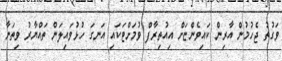
ވަގުތު ޖެހުމުން އާރިން ކައިވެންޏަށް އިއުތިރާފް ވުމަށްޓަކައި އަނގަ ހުޅުވައިލަން ތައްޔާރު ވިތަނާ